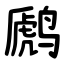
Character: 䴘